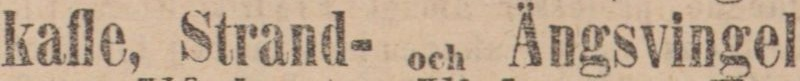
kafle, Strand- och Ängsvingel